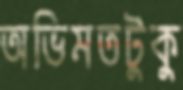
অভিমতটুকু